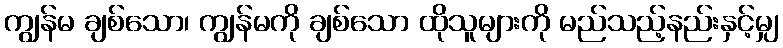
ကျွန်မ ချစ်သော၊ ကျွန်မကို ချစ်သော ထိုသူများကို မည်သည့်နည်းနှင့်မျှ